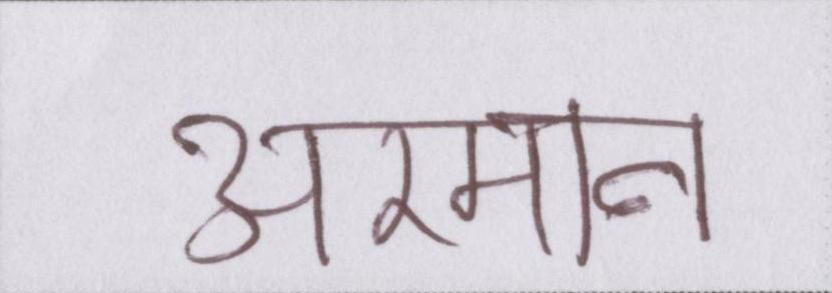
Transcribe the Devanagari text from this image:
अरमान